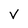
Character: V